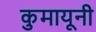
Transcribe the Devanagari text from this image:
कुमायूनी